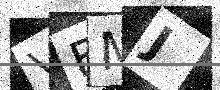
Text: VEMJ